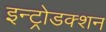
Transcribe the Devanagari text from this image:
इन्ट्रोडक्शन